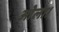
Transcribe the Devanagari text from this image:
ओला।